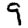
Digit: 9